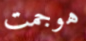
هوجمت